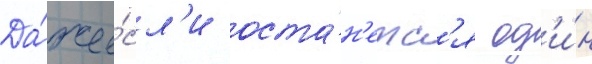
Да́же е́сл'и оста́н'етс'я од'и́н